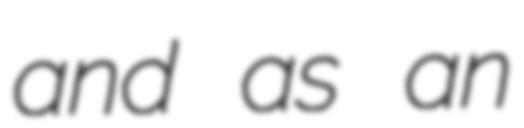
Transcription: and as an